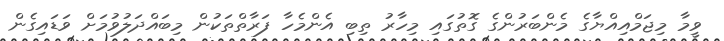
ވީމާ މިޖަމްއިއްޔާގެ މެންބަރުންގެ ގޮތުގައި މިހާރު ތިބި އެންމެހާ ފަރާތްތަކުން މިބައްދަލުވުމަށް ވަޑައިގެން